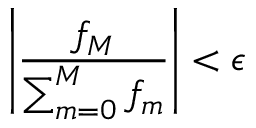
\left| \frac { f _ { M } } { \sum _ { m = 0 } ^ { M } f _ { m } } \right| < \epsilon